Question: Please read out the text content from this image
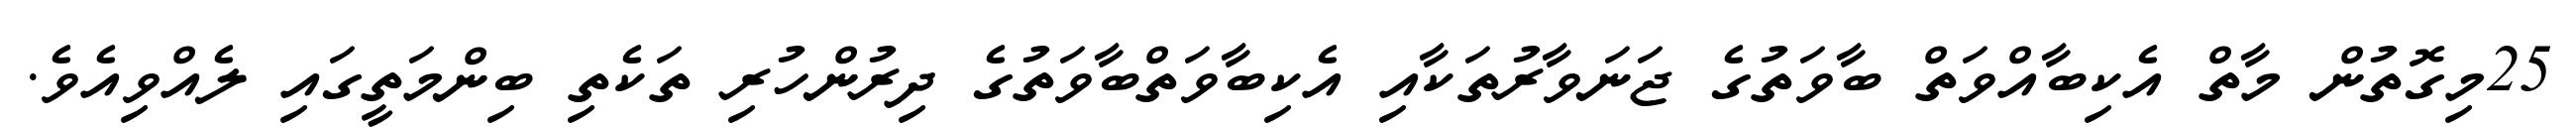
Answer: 25މިގޮތުން މާތް އެކިބާއްވަތް ބާވަތުގެ ޖަނަވާރުތަކާއި އެކިބާވަތްބާވަތުގެ ދިރުންހުރި ތަކެތި ބިންމަތީގައި ލެއްވިއެވެ.